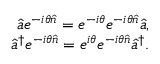
\begin{array} { r } { \hat { a } e ^ { - i \theta \hat { n } } = e ^ { - i \theta } e ^ { - i \theta \hat { n } } \hat { a } , } \\ { \hat { a } ^ { \dagger } e ^ { - i \theta \hat { n } } = e ^ { i \theta } e ^ { - i \theta \hat { n } } \hat { a } ^ { \dagger } . } \end{array}